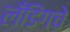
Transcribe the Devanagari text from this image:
लँडिंगचे